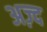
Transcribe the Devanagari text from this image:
अज़्द